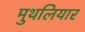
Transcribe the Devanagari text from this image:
मुथलियार